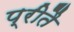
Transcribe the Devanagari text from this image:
प्रीतै